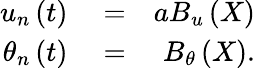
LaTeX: \begin{array}{rlr}{{{u}_{n}}\left(t\right)}&{{}=}&{a{{B}_{u}}\left(X\right)}\\ {{{\theta}_{n}}\left(t\right)}&{{}=}&{{{B}_{\theta}}\left(X\right).}\end{array}